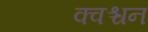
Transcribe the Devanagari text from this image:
क्वश्चन